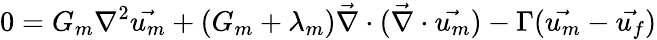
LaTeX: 0=G_{m}\nabla^{2}\vec{u_{m}}+(G_{m}+\lambda_{m})\vec{\nabla}\cdot(\vec{\nabla}\cdot\vec{u_{m}})-\Gamma(\vec{u_{m}}-\vec{u_{f}})